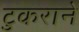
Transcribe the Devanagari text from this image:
टुकराने